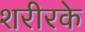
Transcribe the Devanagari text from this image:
शरीरके